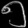
Digit: ၅